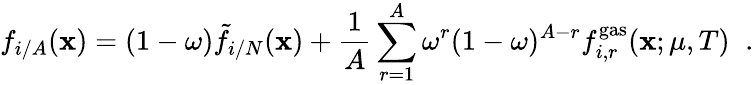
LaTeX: f_{i/A}(\mathbf{x})=(1-\omega){\tilde{{f}}}_{i/N}(\mathbf{x})+{\frac{{1}}{{A}}}\sum_{r=1}^{A}\omega^{r}(1-\omega)^{A-r}f_{i,r}^{\mathrm{{gas}}}(\mathbf{x};\mu,T)\; \; .